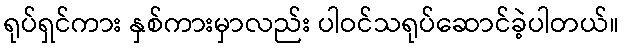
ရုပ်ရှင်ကား နှစ်ကားမှာလည်း ပါဝင်သရုပ်ဆောင်ခဲ့ပါတယ်။